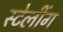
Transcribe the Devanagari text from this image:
स्टेलींग